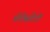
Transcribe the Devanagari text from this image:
प्रोटेसटेंटों